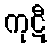
ကုဋီ